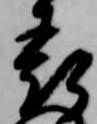
表